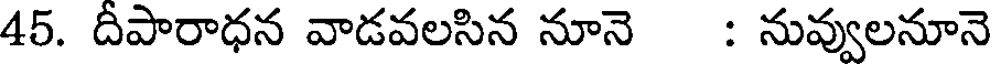
45. దీపారాధన వాడవలసిన నూనె : నువ్వులనూనె